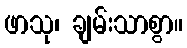
ဖာသု၊ ချမ်းသာစွာ။